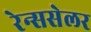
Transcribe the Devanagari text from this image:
रेन्ससेलर